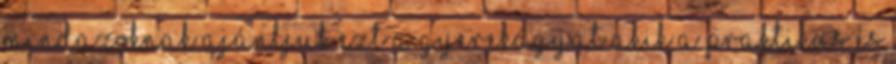
Mindazoknak ajánljuk ezt a gyerekágyat akik a praktikus és